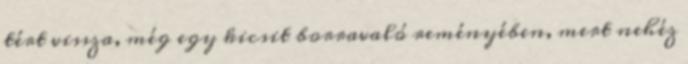
tért vissza, még egy kicsit borravaló reményében, mert nehéz